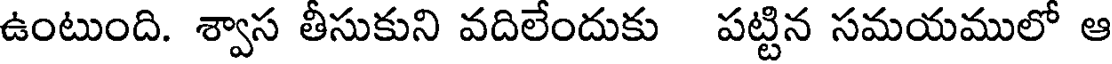
ఉంటుంది. శ్వాస తీసుకుని వదిలేందుకు పట్టిన సమయములో ఆ